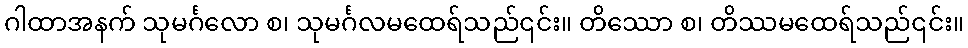
ဂါထာအနက် သုမင်္ဂလော စ၊ သုမင်္ဂလမထေရ်သည်၎င်း။ တိဿော စ၊ တိဿမထေရ်သည်၎င်း။